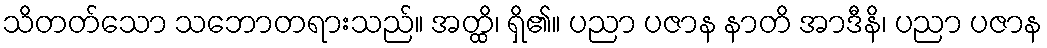
သိတတ်သော သဘောတရားသည်။ အတ္ထိ၊ ရှိ၏။ ပညာ ပဇာန နာတိ အာဒီနိ၊ ပညာ ပဇာန